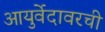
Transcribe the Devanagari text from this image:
आयुर्वेदावरची